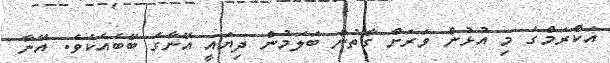
އަކްރަމްގެ މި އުޅުން ވަރަށް ގާތުން ބަލަމުން ދިޔައީ އޭނާގެ ބޭބެއެކެވެ. އޭނާ